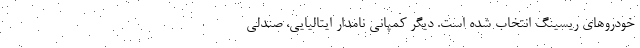
خودروهای ریسینگ انتخاب شده است. دیگر کمپانی نامدار ایتالیایی، صندلی